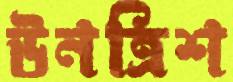
উনত্রিশ